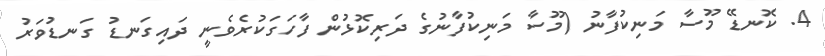
4. ކޮނޑޭ މޫސާ މަނިކުފާނު (މޫސާ މަނިކުފާނުގެ ދަރިކޮޅުން ފާހަގަކުރެވެނީ ދައިގަނޑު ގަނޑުވަރު